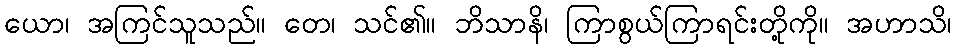
ယော၊ အကြင်သူသည်။ တေ၊ သင်၏။ ဘိသာနိ၊ ကြာစွယ်ကြာရင်းတို့ကို။ အဟာသိ၊